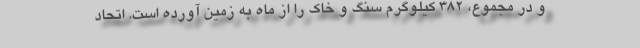
و در مجموع، ۳۸۲ کیلوگرم سنگ و خاک را از ماه به زمین آورده است. اتحاد